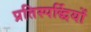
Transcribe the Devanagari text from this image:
प्रतिस्पर्द्धियों